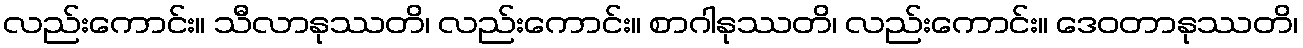
လည်းကောင်း။ သီလာနုဿတိ၊ လည်းကောင်း။ စာဂါနုဿတိ၊ လည်းကောင်း။ ဒေဝတာနုဿတိ၊